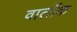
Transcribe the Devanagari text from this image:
वार्लोक